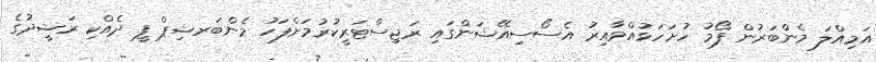
އަމިއްލަ މެންބަރުން ފޯމު ހުށަހަޅުއްވާއިރު އެސޯސިއޭޝަންގައި ރަޖިސްޓަރީކުރުމަށްފަހު މެންބަރޝިޕް ފީ ދެއްކި ރަޝީދުގެ